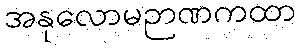
အနုလောမဉာဏကထာ